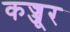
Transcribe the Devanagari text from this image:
कज्जूर